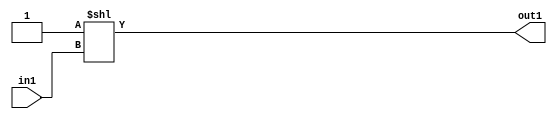
`timescale 1ps / 1ps
/*****************************************************************************
    Verilog RTL Description
    
    
    Created by: Stratus DpOpt 2019.1.04 
*******************************************************************************/

module fir_DECODE_4U_14_4 (
	in1,
	out1
	); /* architecture "behavioural" */ 
input [1:0] in1;
output [3:0] out1;
wire [3:0] asc001;

assign asc001 = 4'B0001 << in1;

assign out1 = asc001;
endmodule

/* CADENCE  urb4SwE= : u9/ySgnWtBlWxVbRXgAU4eg= ** DO NOT EDIT THIS LINE ******/